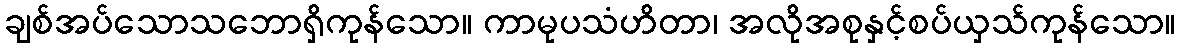
ချစ်အပ်သောသဘောရှိကုန်သော။ ကာမုပသံဟိတာ၊ အလိုအစုနှင့်စပ်ယှသ်ကုန်သော။